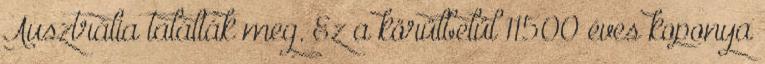
Ausztrália találták meg. Ez a körülbelül 11500 éves koponya